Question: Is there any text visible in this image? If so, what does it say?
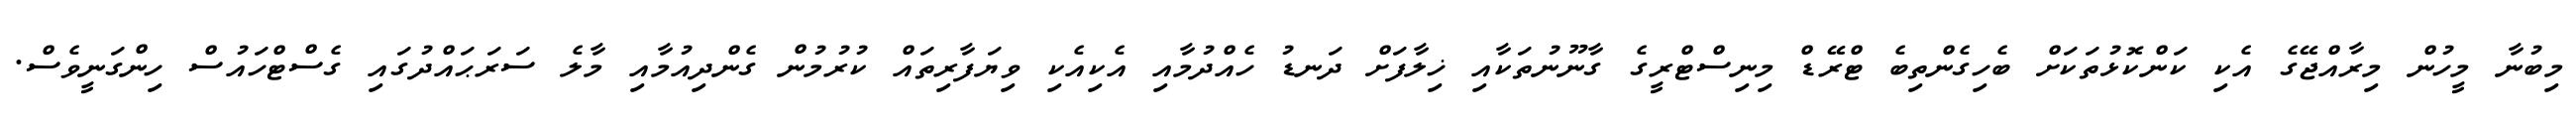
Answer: މިބުނާ މީހުން މިރާއްޖޭގެ އެކި ކަންކޮޅުތަކަށް ބެހިގެންތިބެ ޓްރޭޑް މިނިސްޓްރީގެ ގާނޫނުތަކާއި ޚިލާފަށް ދަނޑު ހެއްދުމާއި އެކިއެކި ވިޔަފާރިތައް ކުރުމުން ގެންދިއުމާއި މާލެ ސަރަޙައްދުގައި ގެސްޓްހައުސް ހިންގަނީވެސް.